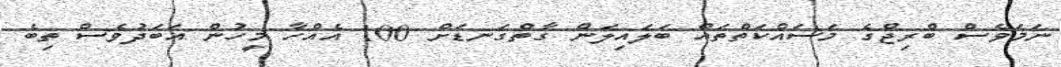
ނަމަވެސް ބްރިޖްގެ މަސައްކަތްތައް ބަލައިލަން ގާތްގަނޑަށް 100 އެއްހާ މީހުން އަބަދުވެސް ތިބެ